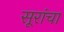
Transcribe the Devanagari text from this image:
सूरांचा